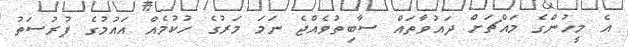
އެ މީހުންގެ މައްޗަށް ދައުވާތައް ސާބިތުވެއްޖެ ނަމަ މަރުގެ ހުކުމެއް އައުމުގެ ފުރުސަތު